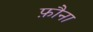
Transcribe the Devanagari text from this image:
फ़ौना